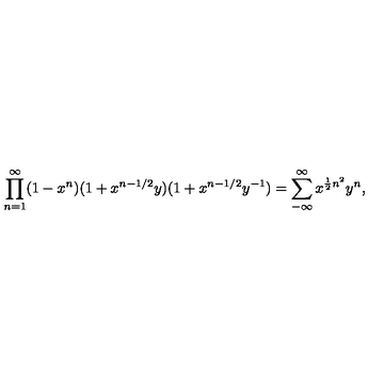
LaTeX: \prod _ { n = 1 } ^ { \infty } ( 1 - x ^ { n } ) ( 1 + x ^ { n - 1 / 2 } y ) ( 1 + x ^ { n - 1 / 2 } y ^ { - 1 } ) = \sum _ { - \infty } ^ { \infty } x ^ { \frac { 1 } { 2 } n ^ { 2 } } y ^ { n } ,